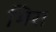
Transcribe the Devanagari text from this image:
भिरा